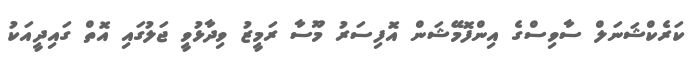
ކަރެކްޝަނަލް ސާވިސްގެ އިންފޮމޭޝަން އޮފިސަރު މޫސާ ރަމީޒު ވިދާޅުވީ ޖަލުގައި އޮތް ގައިދީއަކު